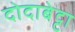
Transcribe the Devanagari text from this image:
दोदाबेट्टा